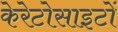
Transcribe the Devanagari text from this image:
केरेटोसाइटों